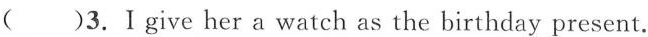
( )3.Ⅰgve her a watch as the birthday present.